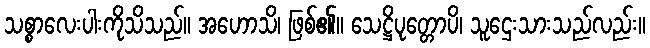
သစ္စာလေးပါးကိုသိသည်။ အဟောသိ၊ ဖြစ်၏။ သေဋ္ဌိပုတ္တောပိ၊ သူဌေးသားသည်လည်း။